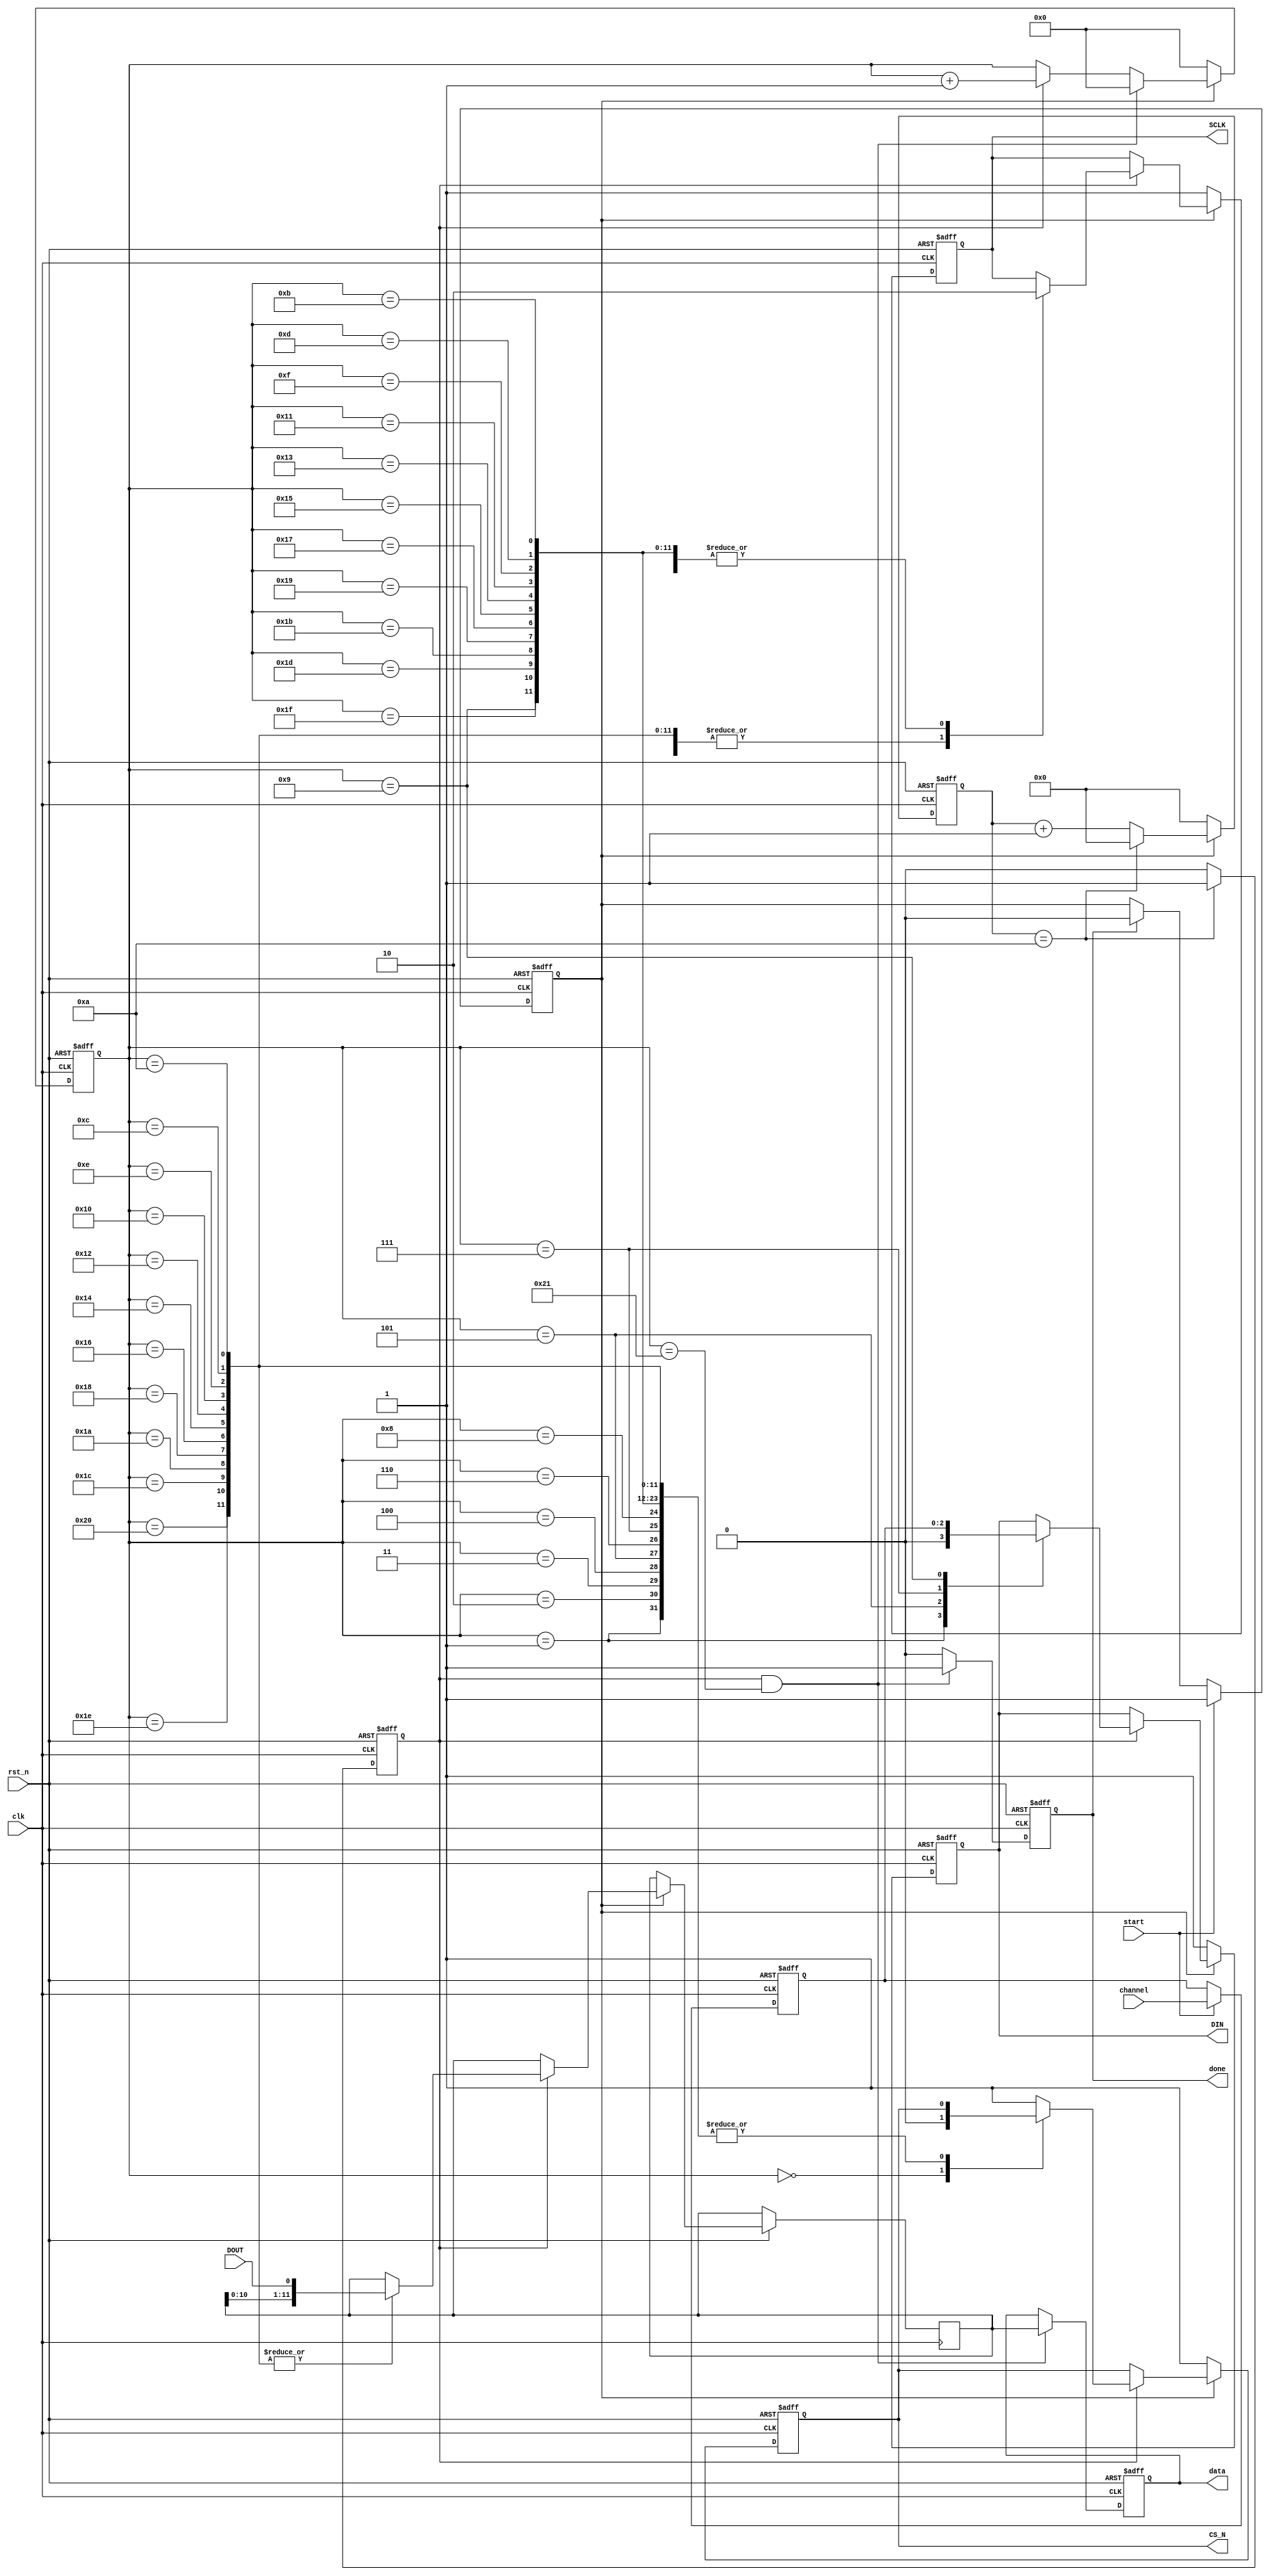
module SPI(
	input clk,
	input rst_n,
	input start,
	input [2:0]channel,
	
	//========ADC128S022===========//
	output reg SCLK,
	output reg DIN,
	output reg CS_N,
	input DOUT,
	
	output reg done,
	output reg [11:0]data
);

	reg en;
	reg [2:0]r_channel;
	reg [4:0]cnt;
	reg cnt_flag;
	reg [5:0]SCLK_CNT;
	reg [11:0]r_data;
	
//=============r_channel==================//
	always@(posedge clk or negedge rst_n)begin
		if(!rst_n)
			r_channel <= 'd0;
		else if(start)
			r_channel <= channel;
		else
			r_channel <= r_channel;
	end
	
//==============================//
	always@(posedge clk or negedge rst_n)begin
		if(!rst_n)
			en <= 1'b0;
		else if(start)
			en <= 1'b1;
		else if(done)
			en <= 1'b0;
		else
			en <= en;
	end
	
//==================cnt=====================//
	always@(posedge clk or negedge rst_n)begin
		if(!rst_n)
			cnt <= 'd0;
		else if(en)begin
			if(cnt == 'd10)
				cnt <= 'd0;
			else
				cnt <= cnt + 1'b1;
		end
	else
		cnt <= 'd0;
	end
	
//===================cnt_flag===============//
	always@(posedge clk or negedge rst_n)begin
		if(!rst_n)
			cnt_flag <= 1'b0;
		else if(cnt == 'd10)
			cnt_flag <= 1'b1;
		else
			cnt_flag <= 1'b0;
	end

//===============SCLK_CNT===================//
	always@(posedge clk or negedge rst_n)begin
		if(!rst_n)
			SCLK_CNT <= 'd0;
		else if(en)begin
			if(cnt_flag && (SCLK_CNT == 'd33))
				SCLK_CNT <= 'd0;
			else if(cnt_flag)
				SCLK_CNT <= SCLK_CNT + 1'b1;
			else
				SCLK_CNT <= SCLK_CNT;
		end
		else
			SCLK_CNT <= 'd0;
	end

//===========================================//
	always@(posedge clk or negedge rst_n)begin
		if(!rst_n)begin
			SCLK <= 1'b1;
			CS_N <= 1'b1;
			DIN <= 1'b1;
		end
		else if(en)begin
			if(cnt_flag)begin
				case(SCLK_CNT)
					6'd0:begin CS_N <= 1'b0;end
					6'd1:begin SCLK <= 1'b0;DIN <= 1'b0;end
					6'd2:begin SCLK <= 1'b1;end
					6'd3:begin SCLK <= 1'b0;end
					6'd4:begin SCLK <= 1'b1;end
					6'd5:begin SCLK <= 1'b0;DIN <= r_channel[2];end
					6'd6:begin SCLK <= 1'b1;end
					6'd7:begin SCLK <= 1'b0;DIN <= r_channel[1];end
					6'd8:begin SCLK <= 1'b1;end
					6'd9:begin SCLK <= 1'b0;DIN <= r_channel[0];end
					6'd10,6'd12,6'd14,6'd16,6'd18,6'd20,6'd22,6'd24,6'd26,6'd28,6'd30,6'd32:
						begin SCLK <= 1'b1;r_data <= {r_data[10:0],DOUT};end
					6'd11,6'd13,6'd15,6'd17,6'd19,6'd21,6'd23,6'd25,6'd27,6'd29,6'd31:
						begin SCLK <= 1'b0;end
					6'd33:begin CS_N <= 1'b1;end
					default:begin CS_N <= 1'b1;end
				endcase
			end
			else ;
		end
		else begin
			SCLK <= 1'b1;
			CS_N <= 1'b1;
			DIN <= 1'b1;
		end
	end
	
//================done=================//
	always@(posedge clk or negedge rst_n)begin
		if(!rst_n)
			done <= 1'b0;
		else if(cnt_flag && (SCLK_CNT == 'd33))
			done <= 1'b1;
		else
			done <= 1'b0;
	end
	
//================data=================//
	always@(posedge clk or negedge rst_n)begin
		if(!rst_n)
			data <= 'd0;
		else if(cnt_flag && (SCLK_CNT == 'd33))
			data <= r_data;
		else
			data <= data;
	end

endmodule